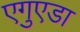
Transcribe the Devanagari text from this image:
एगुएडा